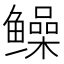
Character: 𫚫